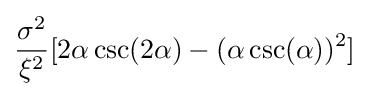
{\frac {\sigma ^{2}}{\xi ^{2}}}[2\alpha \csc(2\alpha )-(\alpha \csc(\alpha ))^{2}]